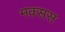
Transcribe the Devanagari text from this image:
मक्सस